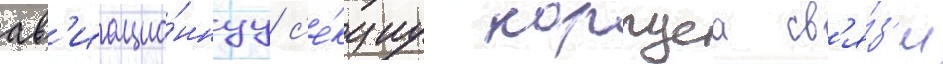
ав'иацио́ннуу с'е́кциу корпуса св'я́з'и